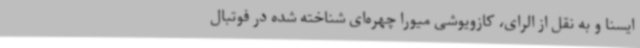
ایسنا و به نقل از الرای، کازویوشی میورا چهره‌ای شناخته شده در فوتبال